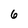
Character: 6